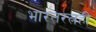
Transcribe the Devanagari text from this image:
भारतरत्नही